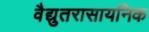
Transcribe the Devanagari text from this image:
वैद्युतरासायनिक